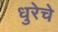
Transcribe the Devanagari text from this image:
धुरेचे